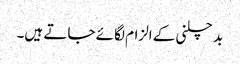
بد چلنی کے الزام لگائے جاتے ہیں۔